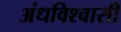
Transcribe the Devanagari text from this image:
अंधविश्‍वासी